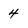
Character: 4